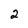
Character: 2